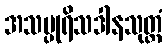
အသပ္ပုရိသဒါနသုတ္တံ